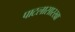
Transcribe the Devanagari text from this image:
पाटलासारखा